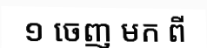
១ ចេញ មក ពី